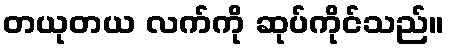
တယုတယ လက်ကို ဆုပ်ကိုင်သည်။